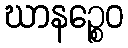
ဃာနဉ္စေဝ